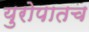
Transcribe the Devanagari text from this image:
युरोपातच